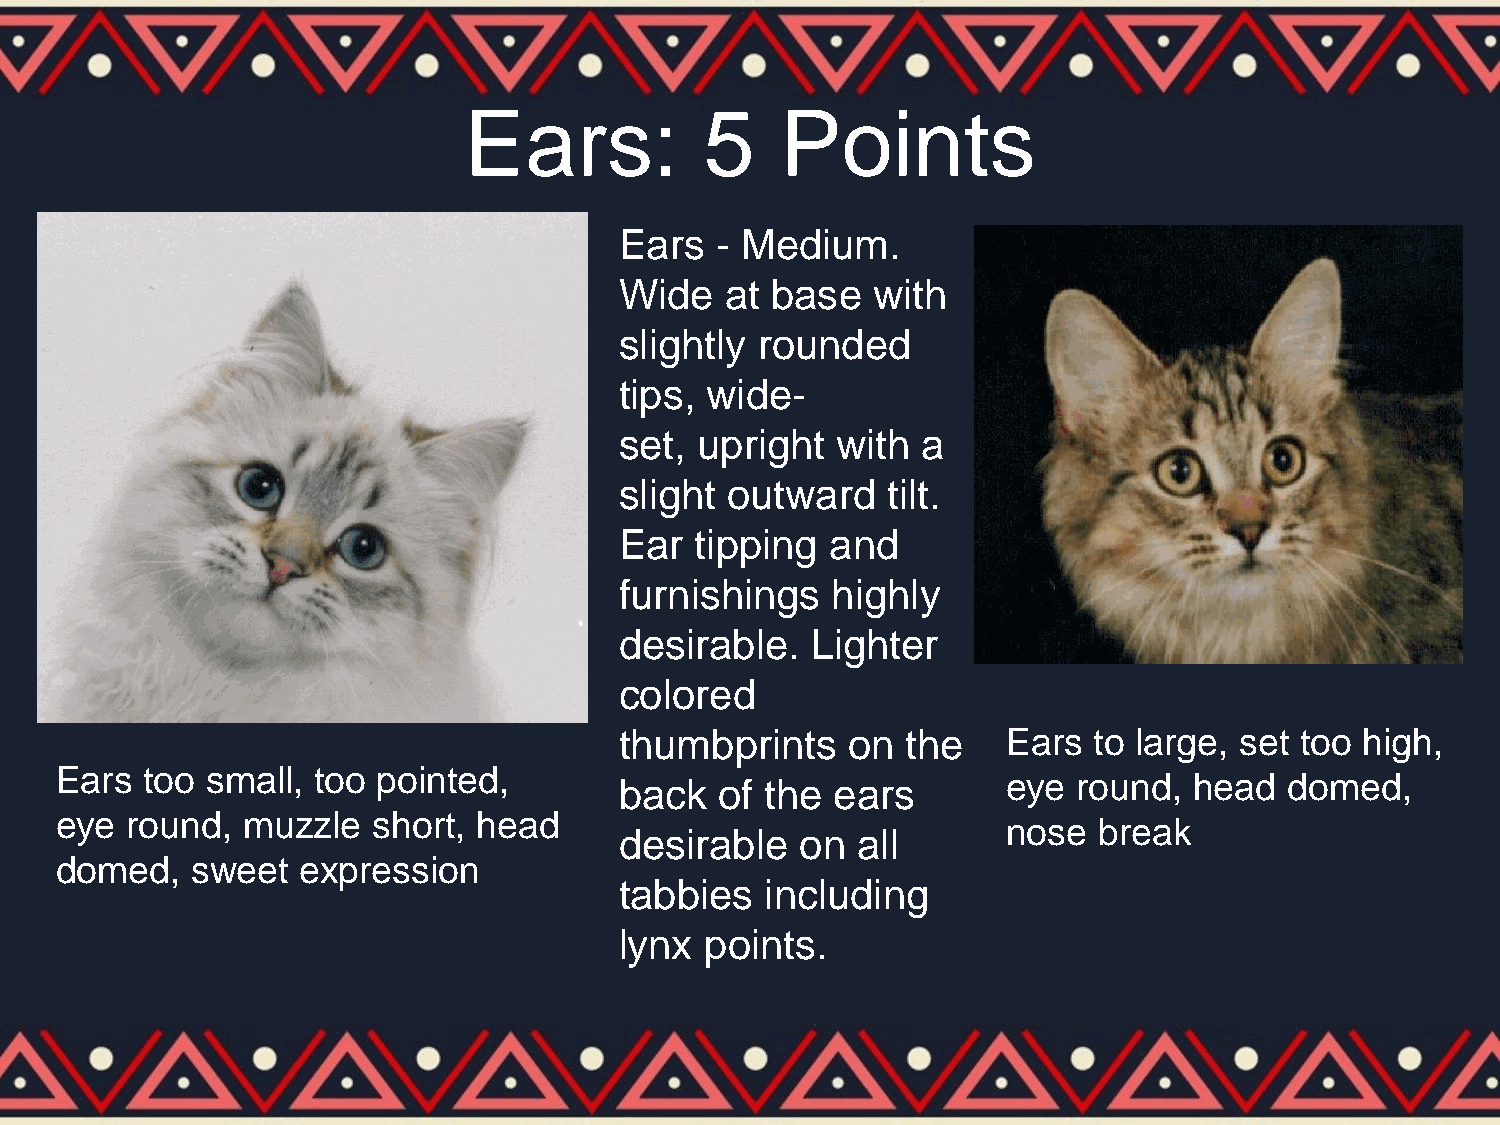
Ears:           5    Points
 Ears  - Medium.
 Wide   at base   with
 slightly rounded
 tips, wide-
 set, upright  with  a
 slight outward    tilt.
 Ear  tipping  and
 furnishings   highly
 desirable.   Lighter
 colored
 thumbprints    on  the    Ears to large, set too high,
 Ears too  small, too pointed,
 back   of the ears        eye round,  head  domed,
 eye round,  muzzle   short, head
 nose  break
 desirable   on  all
 domed,   sweet  expression
 tabbies   including
 lynx  points.